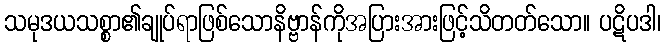
သမုဒယသစ္စာ၏ချုပ်ရာဖြစ်သောနိဗ္ဗာန်ကိုအပြားအားဖြင့်သိတတ်သော။ ပဋိပဒါ၊